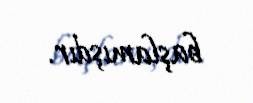
başlamışdır.